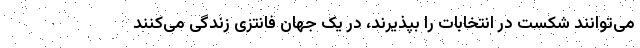
می‌توانند شکست در انتخابات را بپذیرند، در یک جهان فانتزی زندگی می‌کنند